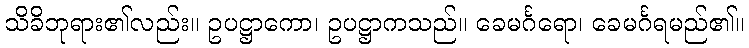
သိခိဘုရား၏လည်း။ ဥပဋ္ဌာကော၊ ဥပဋ္ဌာကသည်။ ခေမင်္ဂရော၊ ခေမင်္ဂရမည်၏။